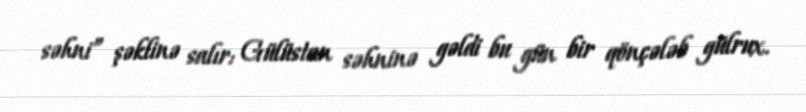
səhni” şəklinə salır: Gülüstan səhninə gəldi bu gün bir qönçələb gülrux.